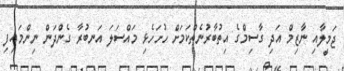
ޖަމީލާއި ނާޒިމް އަދި ގާސިމްގެ އިތުބާރުނެތްކަމަށް ހުށަހެޅި މައްސަލަ އަނބުރާ ގެންދަން ނިންމައިފި